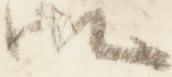
御